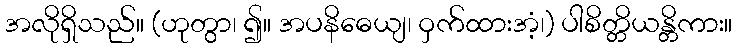
အလိုရှိသည်။ (ဟုတွာ၊ ၍။ အပနိဓေယျ၊ ဝှက်ထားအံ့၊) ပါစိတ္တိယန္တိကား။